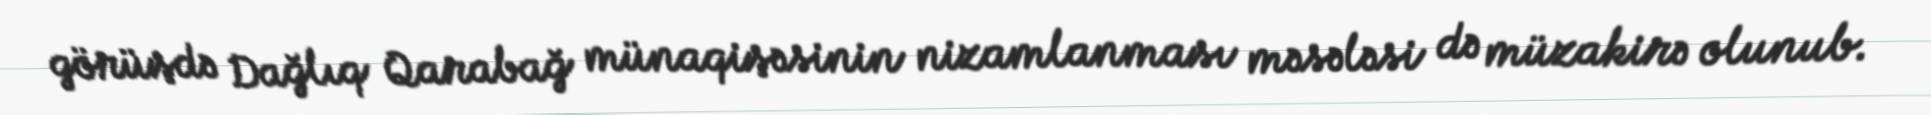
görüşdə Dağlıq Qarabağ münaqişəsinin nizamlanması məsələsi də müzakirə olunub.